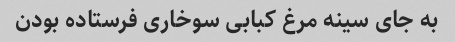
به جای سینه مرغ کبابی سوخاری فرستاده بودن